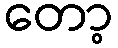
တော့